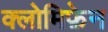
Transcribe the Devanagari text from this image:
क्लोमिफ़ेन